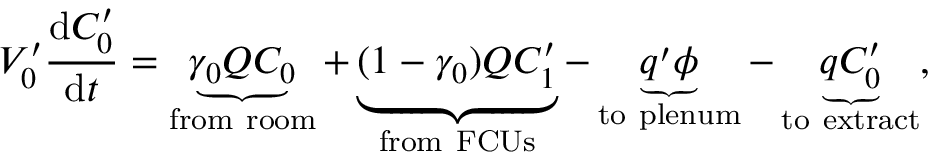
V _ { 0 } ^ { \prime } \frac { \mathrm { d } C _ { 0 } ^ { \prime } } { \mathrm { d } t } = \underbrace { \gamma _ { 0 } Q C _ { 0 } } _ { \mathrm { f r o m \ r o o m } } + \underbrace { ( 1 - \gamma _ { 0 } ) Q C _ { 1 } ^ { \prime } } _ { \mathrm { f r o m \ F C U s } } - \underbrace { q ^ { \prime } \phi } _ { \mathrm { t o \ p l e n u m } } - \underbrace { q C _ { 0 } ^ { \prime } } _ { \mathrm { t o \ e x t r a c t } } ,